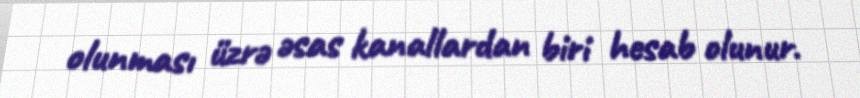
olunması üzrə əsas kanallardan biri hesab olunur.